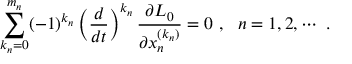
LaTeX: \sum _ { k _ { n } = 0 } ^ { m _ { n } } ( - 1 ) ^ { k _ { n } } \left( \frac { d } { d t } \right) ^ { k _ { n } } \frac { \partial L _ { 0 } } { \partial x _ { n } ^ { ( k _ { n } ) } } = 0 \ , \ \ n = 1 , 2 , \cdots \ .